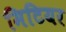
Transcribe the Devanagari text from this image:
मिटियर